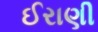
ઈરાણી